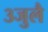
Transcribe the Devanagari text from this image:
३जुलै